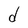
Character: d